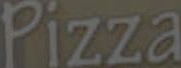
Pizza